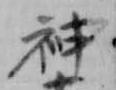
神